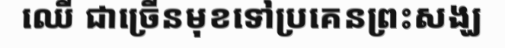
ឈើ ជាច្រើនមុខទៅប្រគេនព្រះសង្ឃ